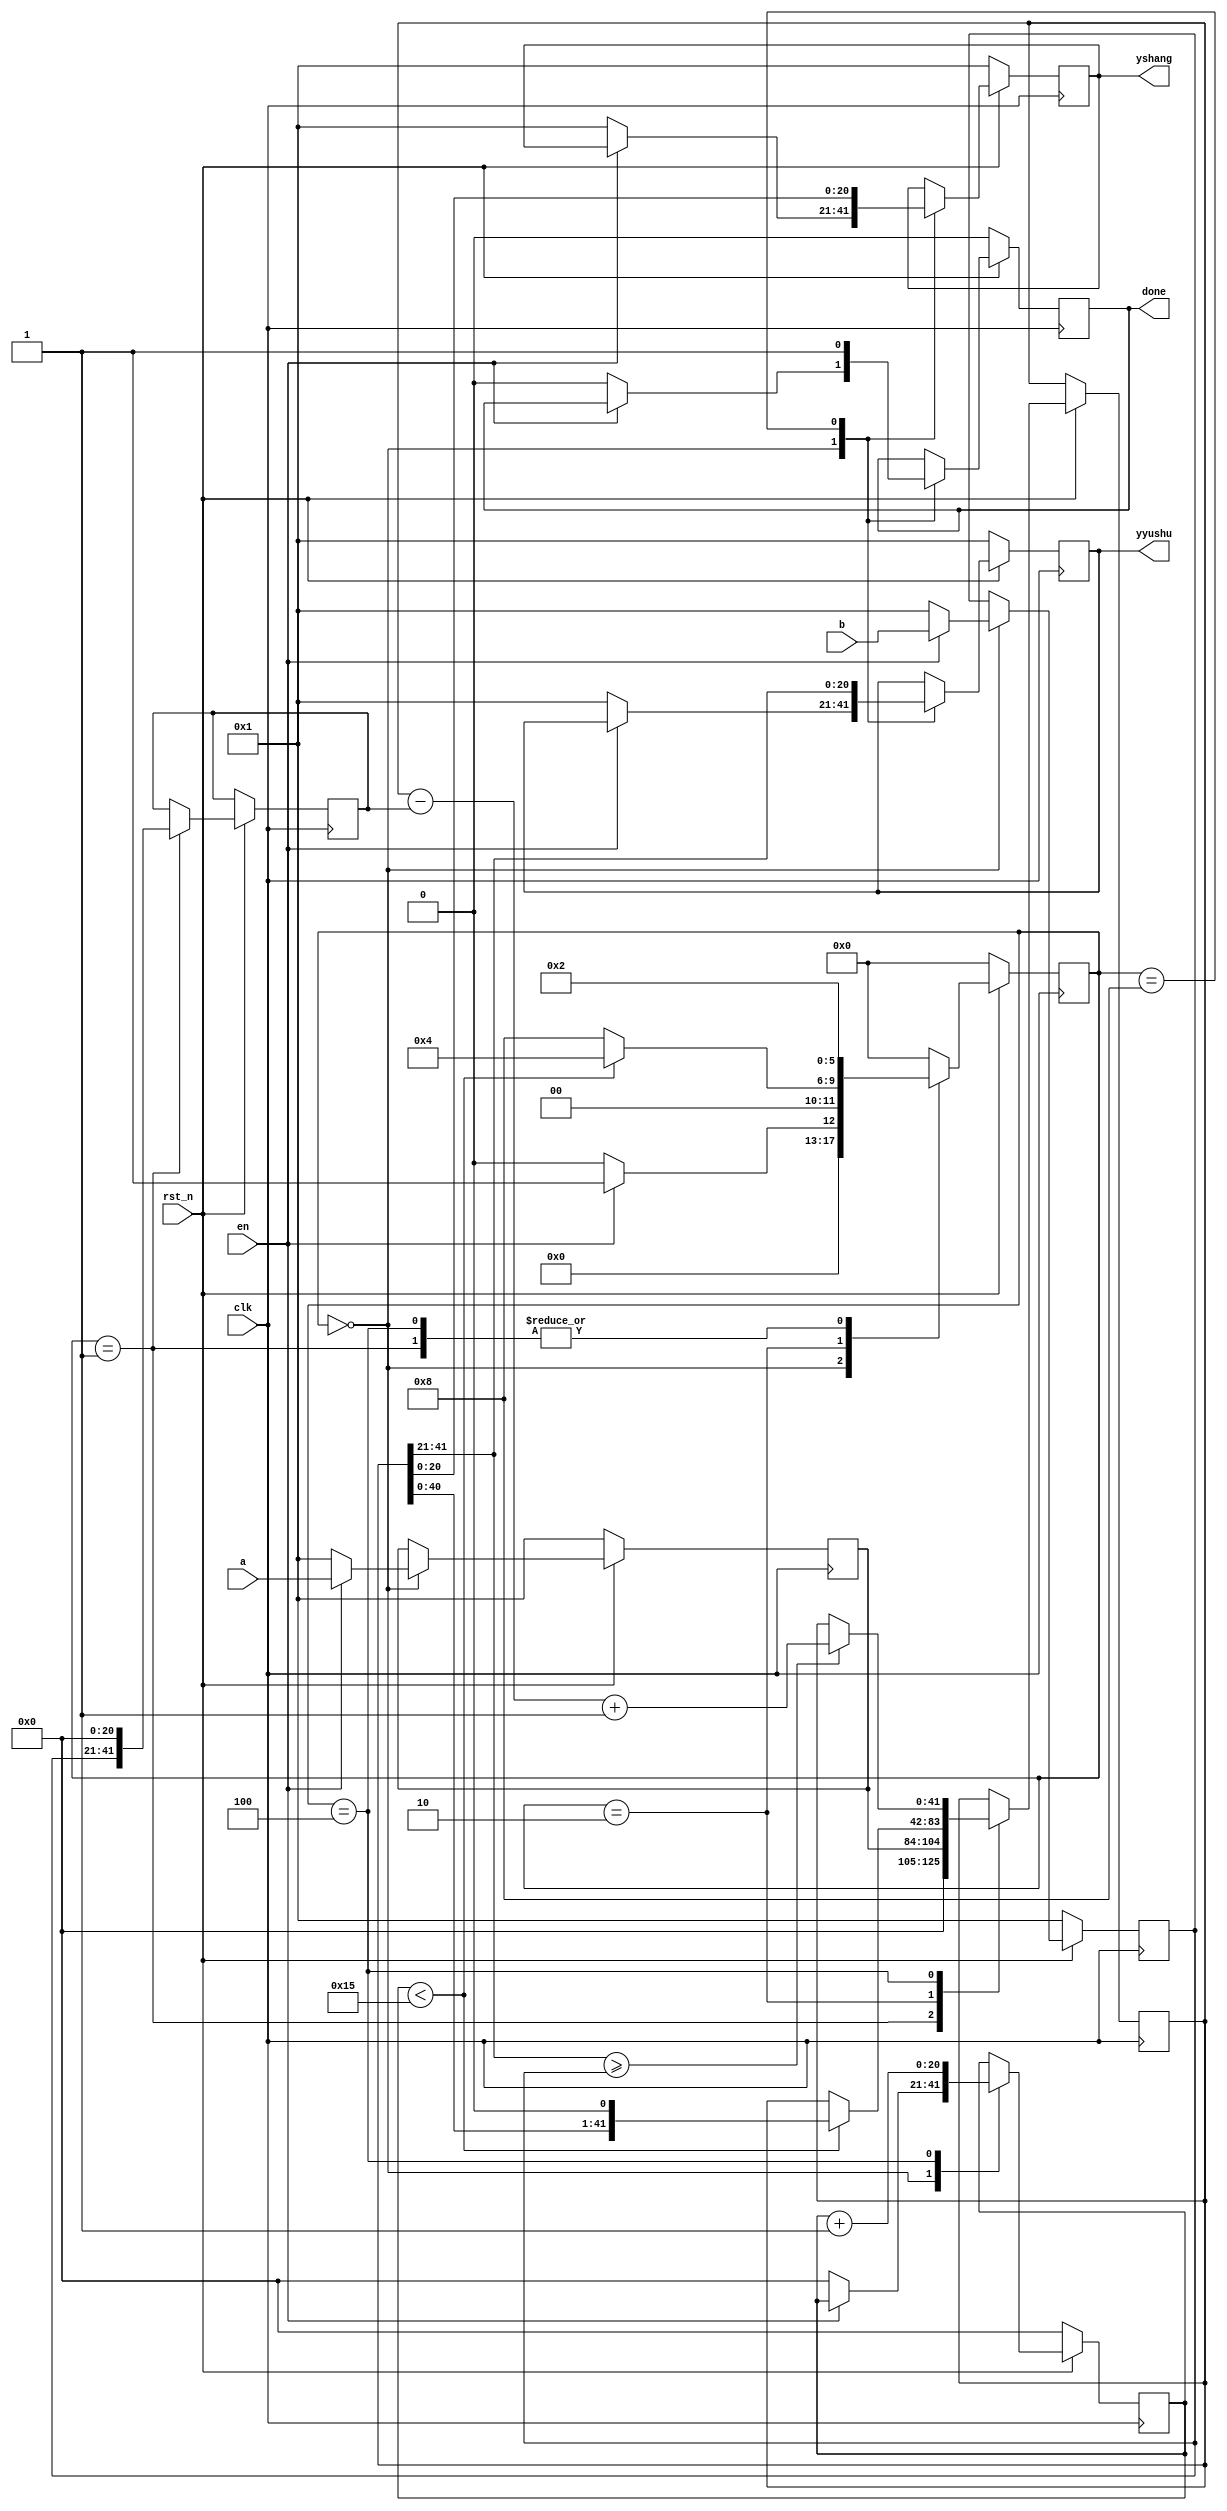
module divider #(parameter N = 21)(
    clk, rst_n, a, b, yshang, yyushu,en,done
);
input clk;
input rst_n;
input en;
input [N-1:0] a;
input [N-1:0] b;
output reg [N-1:0] yshang;
output reg [N-1:0] yyushu;
output reg done;

parameter S=N<<1; 
reg[N-1:0] tempa;
reg[N-1:0] tempb;
reg[S-1:0] temp_a;
reg[S-1:0] temp_b; 
reg [5:0] status;
parameter s_idle = 6'b000000;
parameter s_init = 6'b000001;
parameter s_calc1 = 6'b000010;
parameter s_calc2 = 6'b000100;
parameter s_done = 6'b001000;
 
reg [N-1:0] i;
 
always @(posedge clk)
begin
    if(!rst_n)
        begin
            i <= 21'h0;
            tempa <= 21'h1;
            tempb <= 21'h1;
            yshang <= 21'h1;
            yyushu <= 21'h1;
            done <= 1'b0;
            status <= s_idle;
        end
    else
        begin
            case (status)
            s_idle:
                begin
                    if(en)
                        begin
                            tempa <= a;
                            tempb <= b;
                            status <= s_init;
                        end
                    else
                        begin
                            i <= 21'h0;
                            tempa <= 21'h1;
                            tempb <= 21'h1;
                            yshang <= 21'h1;
                            yyushu <= 21'h1;
                            done <= 1'b0;
                            status <= s_idle;
                        end
                end
                
            s_init:
                begin
                    temp_a <= {21'h00000000,tempa};
                    temp_b <= {tempb,21'h00000000};
                    status <= s_calc1;
                end
                
            s_calc1:
                begin
                    if(i < N)
                        begin
                            temp_a <= {temp_a[S-2:0],1'b0};
                            status <= s_calc2;
                        end
                    else
                        begin
                            status <= s_done;
                        end
                    
                end
                
            s_calc2:
                begin
                    if(temp_a[S-1:N] >= tempb)
                        begin
                            temp_a <= temp_a - temp_b + 1'b1;
                        end
                    else
                        begin
                            temp_a <= temp_a;
                        end
                    i <= i + 1'b1;    
                    status <= s_calc1;
                end
            
            s_done:
                begin
                    yshang <= temp_a[N-1:0];
                    yyushu <= temp_a[S-1:N];
                    done <= 1'b1;
                    
                    status <= s_idle;
                end
            
            default:
                begin
                    status <= s_idle;
                end
            endcase
        end
   
end


    
endmodule